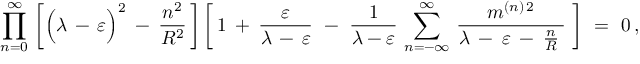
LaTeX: \prod _ { n = 0 } ^ { \infty } \, \bigg [ \Big ( \lambda \, - \, \varepsilon \Big ) ^ { 2 } \: - \: \frac { n ^ { 2 } } { R ^ { 2 } } \, \bigg ] \, \bigg [ \, 1 \: + \: \frac { \varepsilon } { \lambda \, - \, \varepsilon } \ - \ \frac { 1 } { \lambda - \varepsilon } \, \sum _ { n = - \infty } ^ { \infty } \, \frac { m ^ { ( n ) \, 2 } } { \lambda \: - \: \varepsilon \: - \: \frac { n } { R } \: } \ \bigg ] \ = \ 0 \, ,